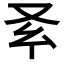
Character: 𠬯